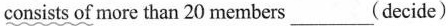
consists of more than 20 members___(decide)